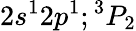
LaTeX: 2s^{1}2p^{1};{^3P_{2}}